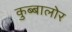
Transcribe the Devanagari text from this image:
कुब्बालोर